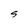
Character: S